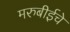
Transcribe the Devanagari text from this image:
मरुबीईचे